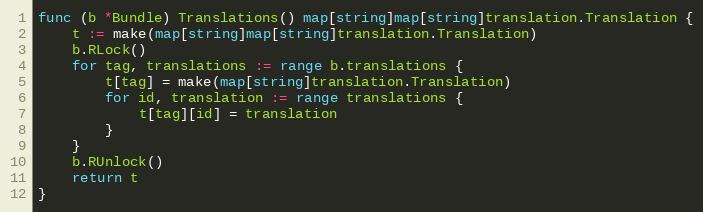
Language: Go
func (b *Bundle) Translations() map[string]map[string]translation.Translation {
	t := make(map[string]map[string]translation.Translation)
	b.RLock()
	for tag, translations := range b.translations {
		t[tag] = make(map[string]translation.Translation)
		for id, translation := range translations {
			t[tag][id] = translation
		}
	}
	b.RUnlock()
	return t
}